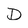
Character: D